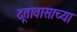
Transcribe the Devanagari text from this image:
दूतावासाच्या